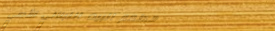
مطعم البيت اللبناني الأصي